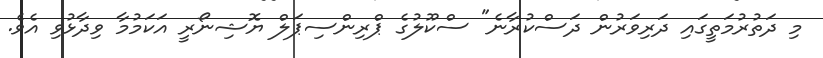
މި ދަތުރުމަތީގައި ދަރިވަރުން ދަސްކުރާނެ" ސްކޫލުގެ ޕްރިންސިޕަލް ޔޮޝިނޯރީ އަކަމުމާ ވިދާޅުވި އެވެ.